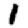
Digit: 1